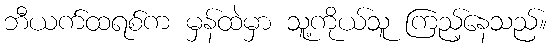
ဘီယက်ထရစ်က မှန်ထဲမှာ သူ့ကိုယ်သူ ကြည့်နေသည်။